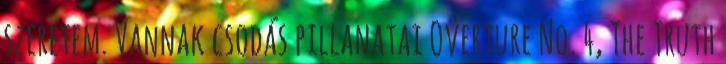
szeretem. Vannak csodás pillanatai Overture No. 4, The Truth